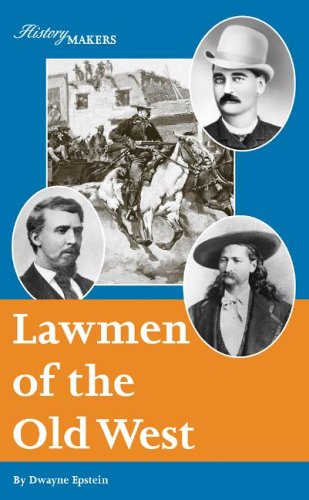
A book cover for Lawmen of the Old West (History Makers); Dwayne Epstein; Teen & Young Adult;